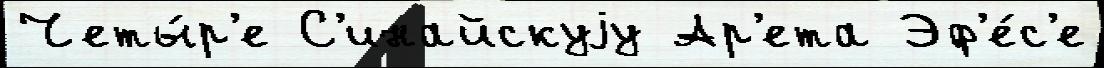
Четы́р'е С'инайскуjу Ар'ета Эф'е́с'е